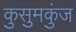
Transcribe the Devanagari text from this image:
कुसुमकुंज